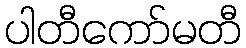
ပါတီကော်မတီ